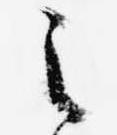
之